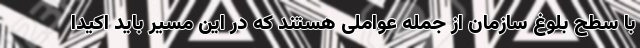
با سطح بلوغ سازمان از جمله عواملی هستند که در این مسیر باید اکیدا